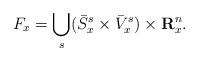
LaTeX: \begin{align*}F_{x}=\bigcup_{s}(\bar{S}^{s}_{x} \times\bar{V}^{s}_{x})\times\textbf{R}^{n}_{x}.\end{align*}